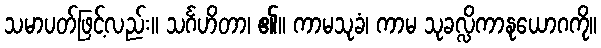
သမာပတ်ဖြင့်လည်း။ သင်္ဂဟိတာ၊ ၏။ ကာမသုခံ၊ ကာမ သုခလ္လိကာနုယောဂကို။